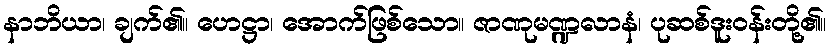
နာဘိယာ၊ ချက်၏။ ဟေဋ္ဌာ၊ အောက်ဖြစ်သော။ ဇာဏုမဏ္ဍလာနံ၊ ပုဆစ်ဒူးဝန်းတို့၏။